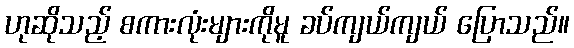
ဟုဆိုသည့် စကားလုံးများကိုမူ ခပ်ကျယ်ကျယ် ပြောသည်။